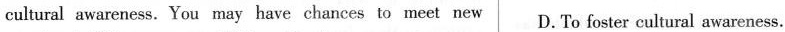
cultural awareness. You may have chances to meet new D.To foster cultural awareness.